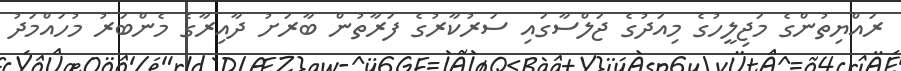
ރައްޔިތުންގެ މަޖިލީހުގެ މިއަދުގެ ޖަލްސާގައި ސަރުކާރުގެ ފަރާތުން ބާރަށު ދާއިރާގެ މެންބަރު މުހައްމަދު